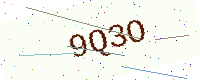
Text: 9Q3O